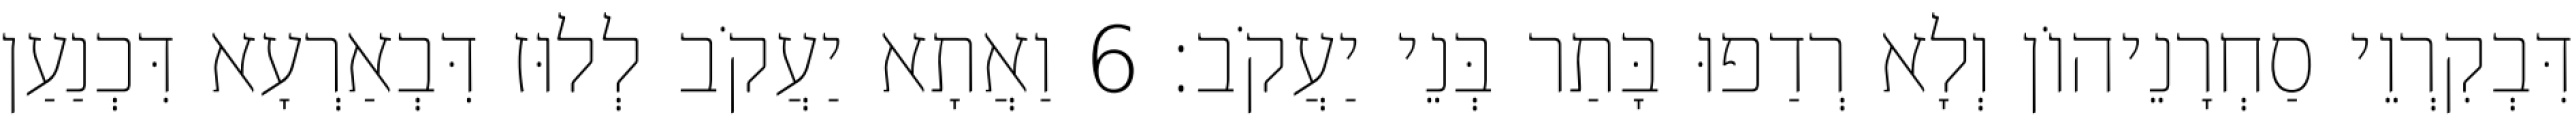
דִּבְקִרְוֵי סַחְרָנֵיהוֹן וְלָא רְדַפוּ בָּתַר בְּנֵי יַעֲקֹב׃ 6 וַאֲתָא יַעֲקֹב לְלוּז דִּבְאַרְעָא דִּכְנַעַן